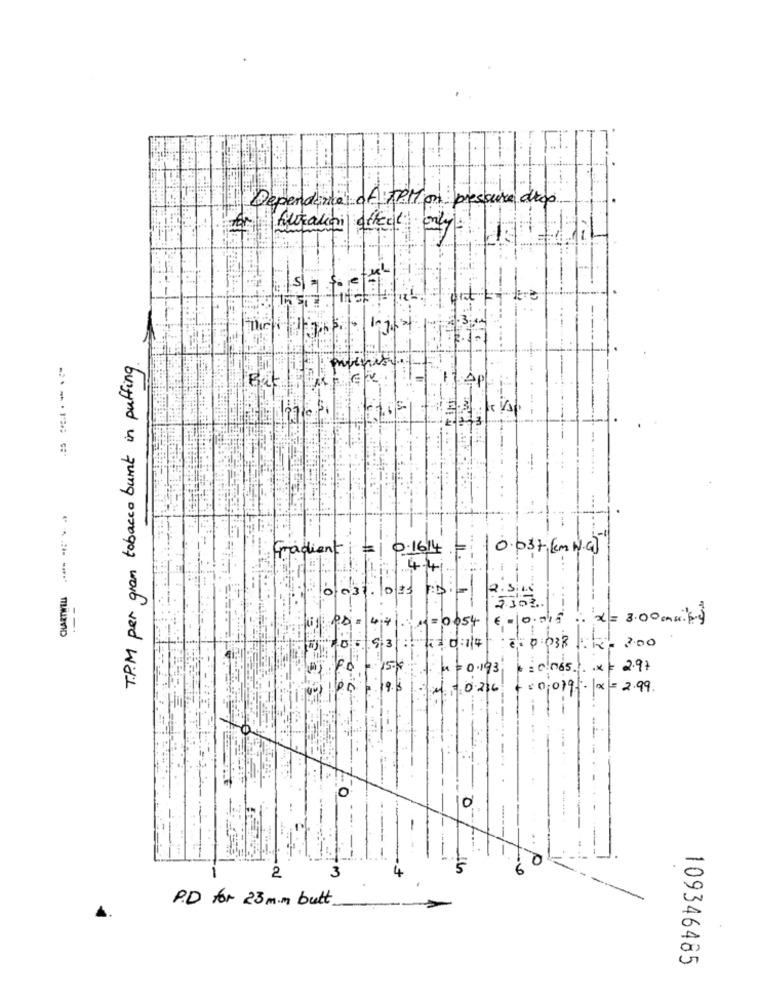
Dependance of TPM on pressure drop
filtration affect
T.P.M per gran tobacco burnt in puffing
But
AP
-
=10.16.14 .=
0.037 km W.G]
: Fradient
4.41
0
03
$1
2 0.054
€=10.045
x= 3.00 mmx.6)
53
12 0:114
0:038 : 18-
300
4= 0.193
:0.065. X = 2.97
19.
:5:0 236
20.079.x = 2.99
O
0
3
4
5
2
P.D for 23mim butt
109346485